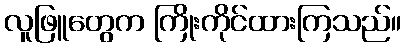
လူဖြူတွေက ကြိုးကိုင်ထားကြသည်။